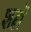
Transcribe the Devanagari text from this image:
शह्रों